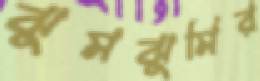
ঝুমঝুমির